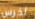
اخرس